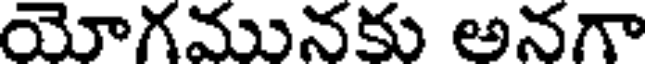
యోగమునకు అనగా